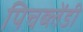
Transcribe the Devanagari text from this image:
पिचब्लेंडी